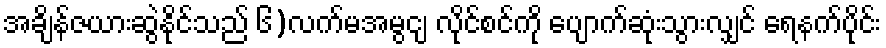
အချိန်ဇယားဆွဲနိုင်သည် ၆)လက်မအမွငျ့ လိုင်စင်ကို ပျောက်ဆုံးသွားလျှင် ရေနက်ပိုင်း